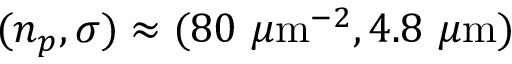
( n _ { p } , \sigma ) \approx ( 8 0 ~ \mu \mathrm { m } ^ { - 2 } , 4 . 8 ~ \mu \mathrm { m } )